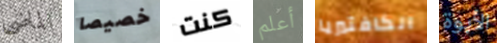
الماضى خصيصا كنت أعلم الكافتيريا الأبوة